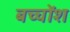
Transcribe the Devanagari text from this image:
बच्चोंश